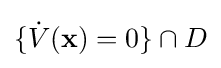
\{{\dot {V}}(\mathbf {x} )=0\}\cap D